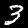
Digit: 3